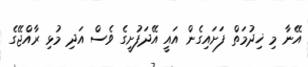
އޭނާ މި ޚިދުމަތް ފަށައިގެން އައީ އޭދަފުށީގެ ވެސް އަދި މުޅި ރާއްޖޭގެ